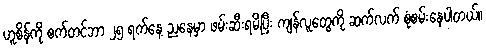
ဟူစိန်ကို စက်တင်ဘာ ၂၅ ရက်နေ့ ညနေမှာ ဖမ်းဆီးရမိပြီး ကျန်လူတွေကို ဆက်လက် စုံစမ်းနေပါတယ်။